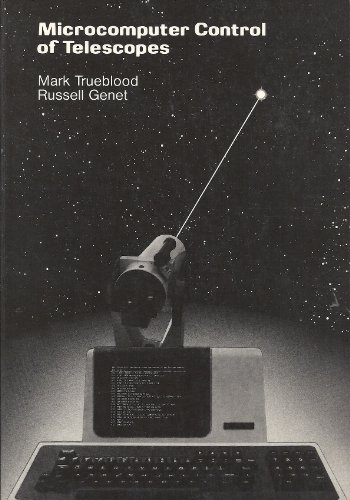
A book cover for Microcomputer Control of Telescopes; Mark Trueblood; Science & Math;